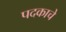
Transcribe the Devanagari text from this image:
पदकाचे